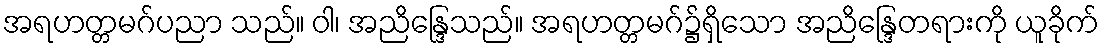
အရဟတ္တမဂ်ပညာ သည်။ ဝါ၊ အညိန္ဒြေသည်။ အရဟတ္တမဂ်၌ရှိသော အညိန္ဒြေတရားကို ယူခိုက်